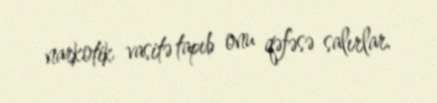
narkotik vasitə tapıb onu qəfəsə salırlar.